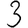
Digit: 3